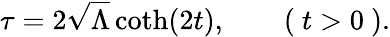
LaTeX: \tau=2\sqrt{\Lambda}\coth(2t),\qquad(\mathrm{~}t>0\mathrm{~}).